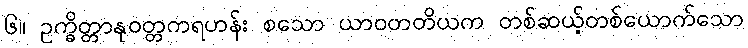
၆။ ဥက္ခိတ္တာနုဝတ္တကရဟန်း စသော ယာဝတတိယက တစ်ဆယ့်တစ်ယောက်သော